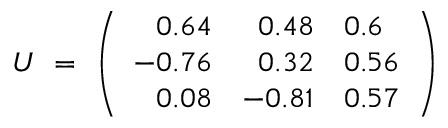
U \ = \ \left( \begin{array} { r r l } { { 0 . 6 4 } } & { { 0 . 4 8 } } & { { 0 . 6 } } \\ { { - 0 . 7 6 } } & { { 0 . 3 2 } } & { { 0 . 5 6 } } \\ { { 0 . 0 8 } } & { { - 0 . 8 1 } } & { { 0 . 5 7 } } \end{array} \right)